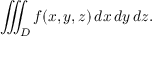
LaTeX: \iiint _ { D } f ( x , y , z ) \, d x \, d y \, d z .